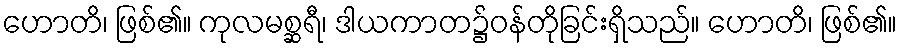
ဟောတိ၊ ဖြစ်၏။ ကုလမစ္ဆရီ၊ ဒါယကာတ၌ဝန်တိုခြင်းရှိသည်။ ဟောတိ၊ ဖြစ်၏။